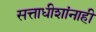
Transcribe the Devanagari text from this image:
सत्ताधीशांनाही